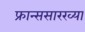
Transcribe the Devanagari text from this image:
फ्रान्ससारख्या